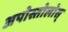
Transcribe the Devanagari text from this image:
अपोस्तोलोस्